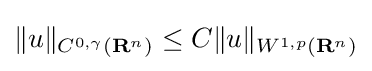
\|u\|_{C^{0,\gamma }(\mathbf {R} ^{n})}\leq C\|u\|_{W^{1,p}(\mathbf {R} ^{n})}